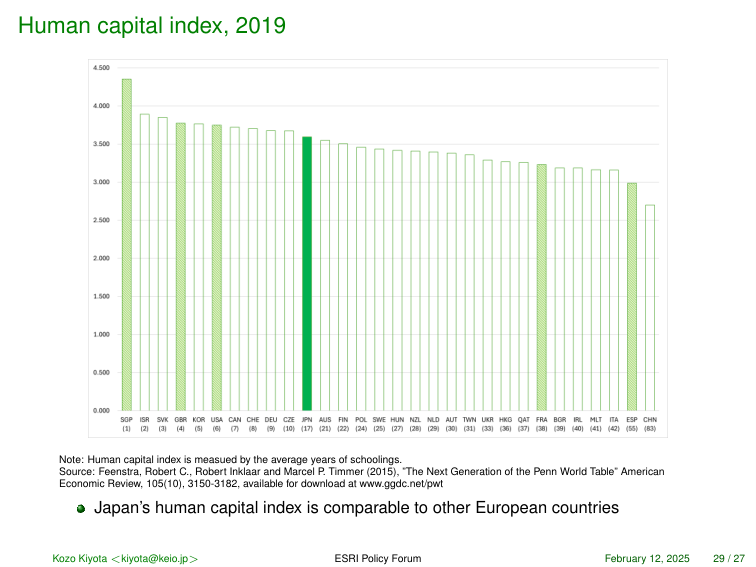
Human capital index, 2019

4,500
4,000
3,500
3,000
2,500
2,000
1,500
1,000
0,500
0,000

SOP (1)
ISR (2)
SVK (3)
GBR (4)
KOR (5)
USA (6)
CAN (7)
CHE (8)
DEU (9)
CZE (10)
JPN (17)
AUS (22)
FIN (23)
POL (24)
SWE (25)
HUN (27)
NZL (28)
NLD (29)
AUT (30)
TWN (31)
UKR (33)
HKG (36)
QAT (37)
FRA (38)
BOR (39)
IRL (40)
MLT (41)
ITA (42)
ESP (55)
CHN (83)

Note: Human capital index is measured by the average years of schoolings.
Source: Feenstra, Robert C., Robert Inklaar and Marcel P. Timmer (2015), "The Next Generation of the Penn World Table" American Economic Review, 105(10), 3150-3182, available for download at www.ggdc.net/pwt

● Japan's human capital index is comparable to other European countries

Kozo Kiyota <kiyota@keio.jp>
ESRI Policy Forum
February 12, 2025
29 / 27